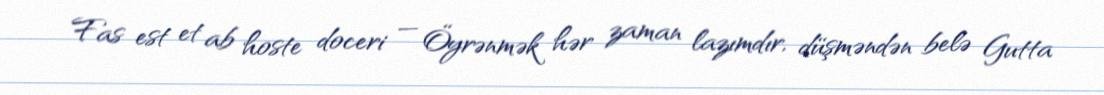
Fas est et ab hoste doceri — Öyrənmək hər zaman lazımdır, düşməndən belə Gutta